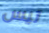
تيس